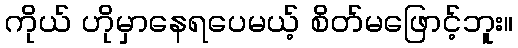
ကိုယ် ဟိုမှာနေရပေမယ့် စိတ်မဖြောင့်ဘူး။